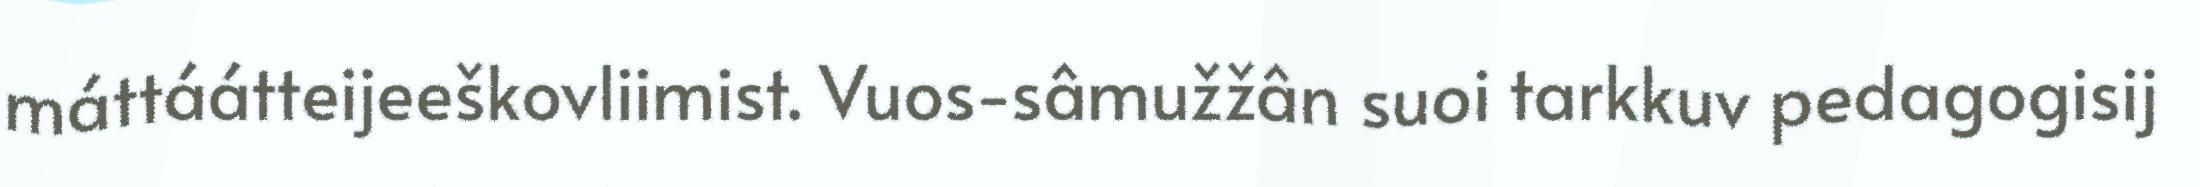
máttáátteijeeškovliimist. Vuos-sâmužžân suoi tarkkuv pedagogisij